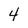
Character: 4